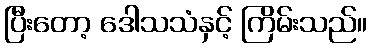
ပြီးတော့ ဒေါသသံနှင့် ကြိမ်းသည်။